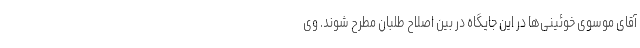
آقای موسوی خوئینی‌ها در این جایگاه در بین اصلاح طلبان مطرح شوند. وی